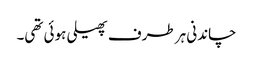
چاندنی ہر طرف پھیلی ہوئی تھی۔